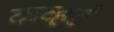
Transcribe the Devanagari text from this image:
कव्हर्ट